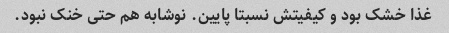
غذا خشک بود و کیفیتش نسبتا پایین. نوشابه هم حتی خنک نبود.